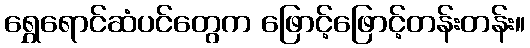
ရွှေရောင်ဆံပင်တွေက ဖြောင့်ဖြောင့်တန်းတန်း။